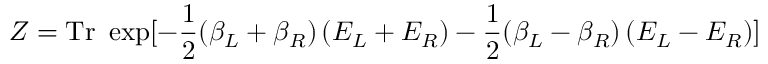
Z = \mathrm { T r } \ \exp [ - \frac 1 2 ( \beta _ { L } + \beta _ { R } ) \left( E _ { L } + E _ { R } \right) - \frac 1 2 ( \beta _ { L } - \beta _ { R } ) \left( E _ { L } - E _ { R } \right) ]